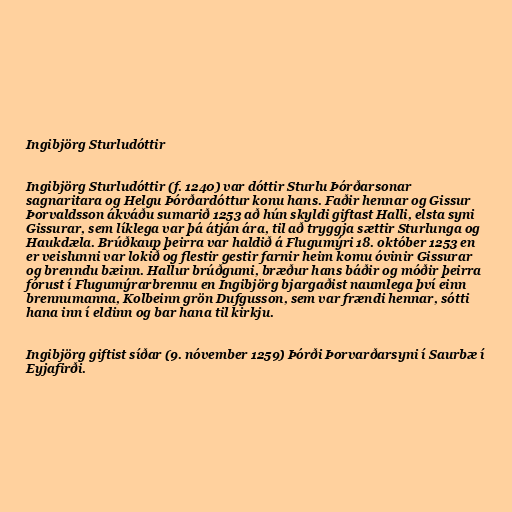
Ingibjörg Sturludóttir

Ingibjörg Sturludóttir (f. 1240) var dóttir Sturlu Þórðarsonar
sagnaritara og Helgu Þórðardóttur konu hans. Faðir hennar og Gissur
Þorvaldsson ákváðu sumarið 1253 að hún skyldi giftast Halli, elsta syni
Gissurar, sem líklega var þá átján ára, til að tryggja sættir Sturlunga og
Haukdæla. Brúðkaup þeirra var haldið á Flugumýri 18. október 1253 en
er veislunni var lokið og flestir gestir farnir heim komu óvinir Gissurar
og brenndu bæinn. Hallur brúðgumi, bræður hans báðir og móðir þeirra
fórust í Flugumýrarbrennu en Ingibjörg bjargaðist naumlega því einn
brennumanna, Kolbeinn grön Dufgusson, sem var frændi hennar, sótti
hana inn í eldinn og bar hana til kirkju.

Ingibjörg giftist síðar (9. nóvember 1259) Þórði Þorvarðarsyni í Saurbæ í
Eyjafirði.